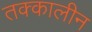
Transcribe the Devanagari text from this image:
तक्कालीन